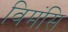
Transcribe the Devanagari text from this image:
विमंसि